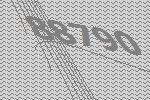
88790